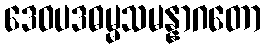
ဒေဝပဒဓမ္မသမန္နာဂတော